Report of the Bombay Plague Committee
Disease focus: Plague
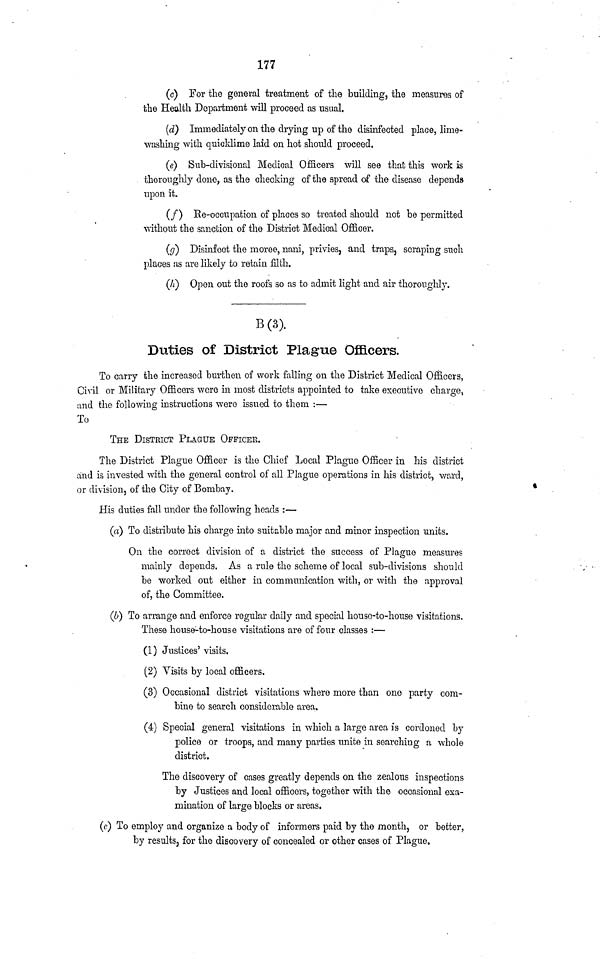
177
(c) For the general treatment of the building, the measures of
the Health Department will proceed as usual.
(d) Immediately on the drying up of the disinfected place, lime-
washing with quicklime laid on hot should proceed.
(e) Sub-divisional Medical Officers will see that this work is
thoroughly done, as the checking of the spread of the disease depends
upon it.
(/)
Re-occupation of places so treated should not be permitted
without the sanction of the District Medical Officer.
(</) Disinfect the moree, nani, privies, and traps, scraping such
places as are likely to retain filth.
(A) Open out the roofs so as to admit light and air thoroughly.
B(3).
Duties of District Plague Officers.
To carry the increased burthen of work falling on the District Medical Officers,
Civil or Military Officers were in most districts appointed to take executive charge,
and the following instructions were issued to them :—
To
THE DISTRICT PLAGUE OFFICER.
The District Plague Officer is the Chief Local Plague Officer in his district
and is invested with the general control of all Plague operations in his district, ward,
or division, of the City of Bombay.
His duties fall under the following heads :—
(a) To distribute his charge into suitable major and minor inspection units.
On the correct division of a district the success of Plague measures
mainly depends. As a rule the scheme of local sub-divisions should
be worked out either in communication with, or with the approval
of, the Committee.
(6) To arrange and enforce regular daily and special house-to-house visitations.
These house-to-house visitations are of four classes :—
(1) Justices' visits.
(2) Visits by local officers.
(3) Occasional district visitations where more than one party com-
bine to search considerable area.
(4) Special general visitations in which a large area is cordoned by
police or troops, and many parties unite in searching a whole
district.
The discovery of cases greatly depends on the zealous inspections
by Justices and local officers, together with the occasional exa-
mination of large blocks or areas.
(c) To employ and organize a body of informers paid by the month, or better,
by results, for the discovery of concealed or other cases of Plague.